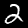
Digit: 2